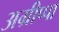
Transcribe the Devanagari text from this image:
अग्रीप्पा